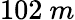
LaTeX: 102~m